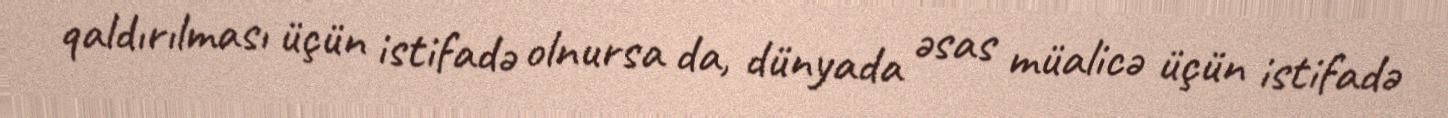
qaldırılması üçün istifadə olnursa da, dünyada əsas müalicə üçün istifadə